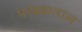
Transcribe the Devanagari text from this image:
परब्रह्मताल